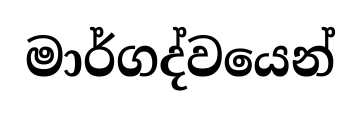
මාර්ගද්වයෙන්